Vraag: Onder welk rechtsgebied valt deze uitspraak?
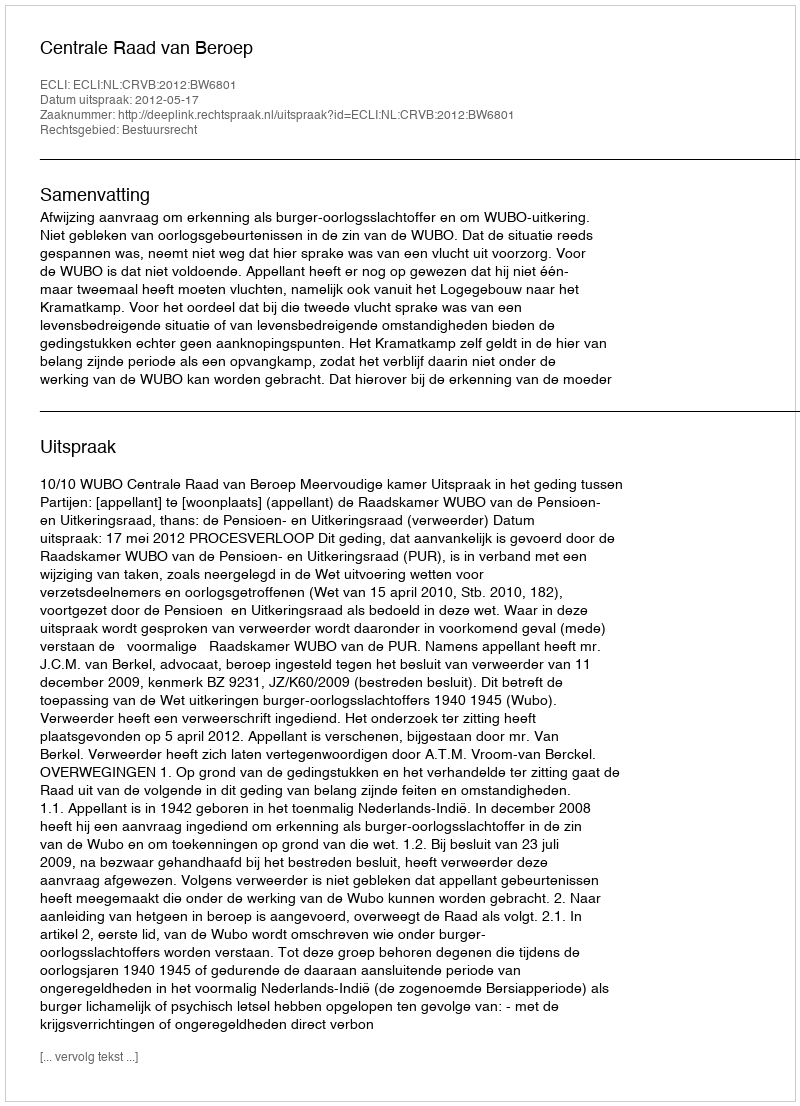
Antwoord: Bestuursrecht